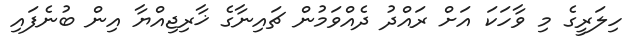
ހިލަރީގެ މި ވާހަކަ އަށް ރައްދު ދެއްވަމުން ޗައިނާގެ ޚާރިޖިއްޔާ އިން ބުނެފައި